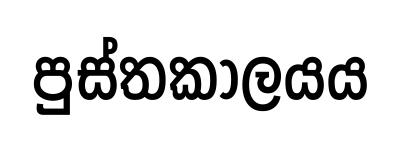
පුස්තකාලයය